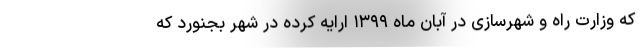
که وزارت راه و شهرسازی در آبان ماه ۱۳۹۹ ارایه کرده در شهر بجنورد که